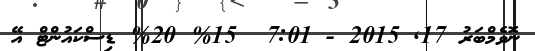
ނޮވެމްބަރު 17